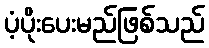
ပံ့ပိုးပေးမည်ဖြစ်သည်